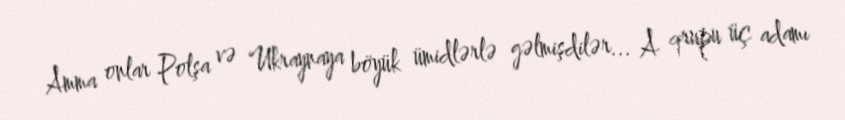
Amma onlar Polşa və Ukraynaya böyük ümidlərlə gəlmişdilər... A qrupu üç adamı